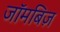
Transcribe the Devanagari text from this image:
जॉमबिज़